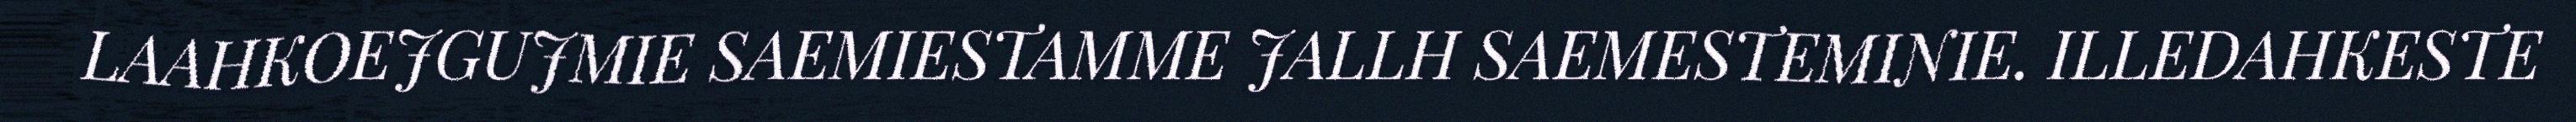
LAAHKOEJGUJMIE SAEMIESTAMME JALLH SAEMESTEMINIE. ILLEDAHKESTE